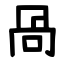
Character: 咼